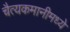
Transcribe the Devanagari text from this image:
चैत्यकमानीमध्ये